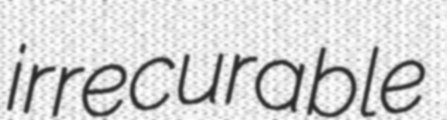
irrecurable